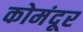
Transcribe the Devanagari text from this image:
कोमंदूर